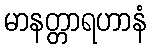
မာနတ္တာရဟာနံ